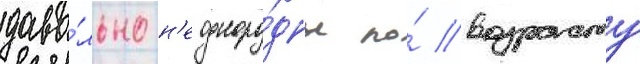
дово́льно н'еодноро́дны по́ возрасту